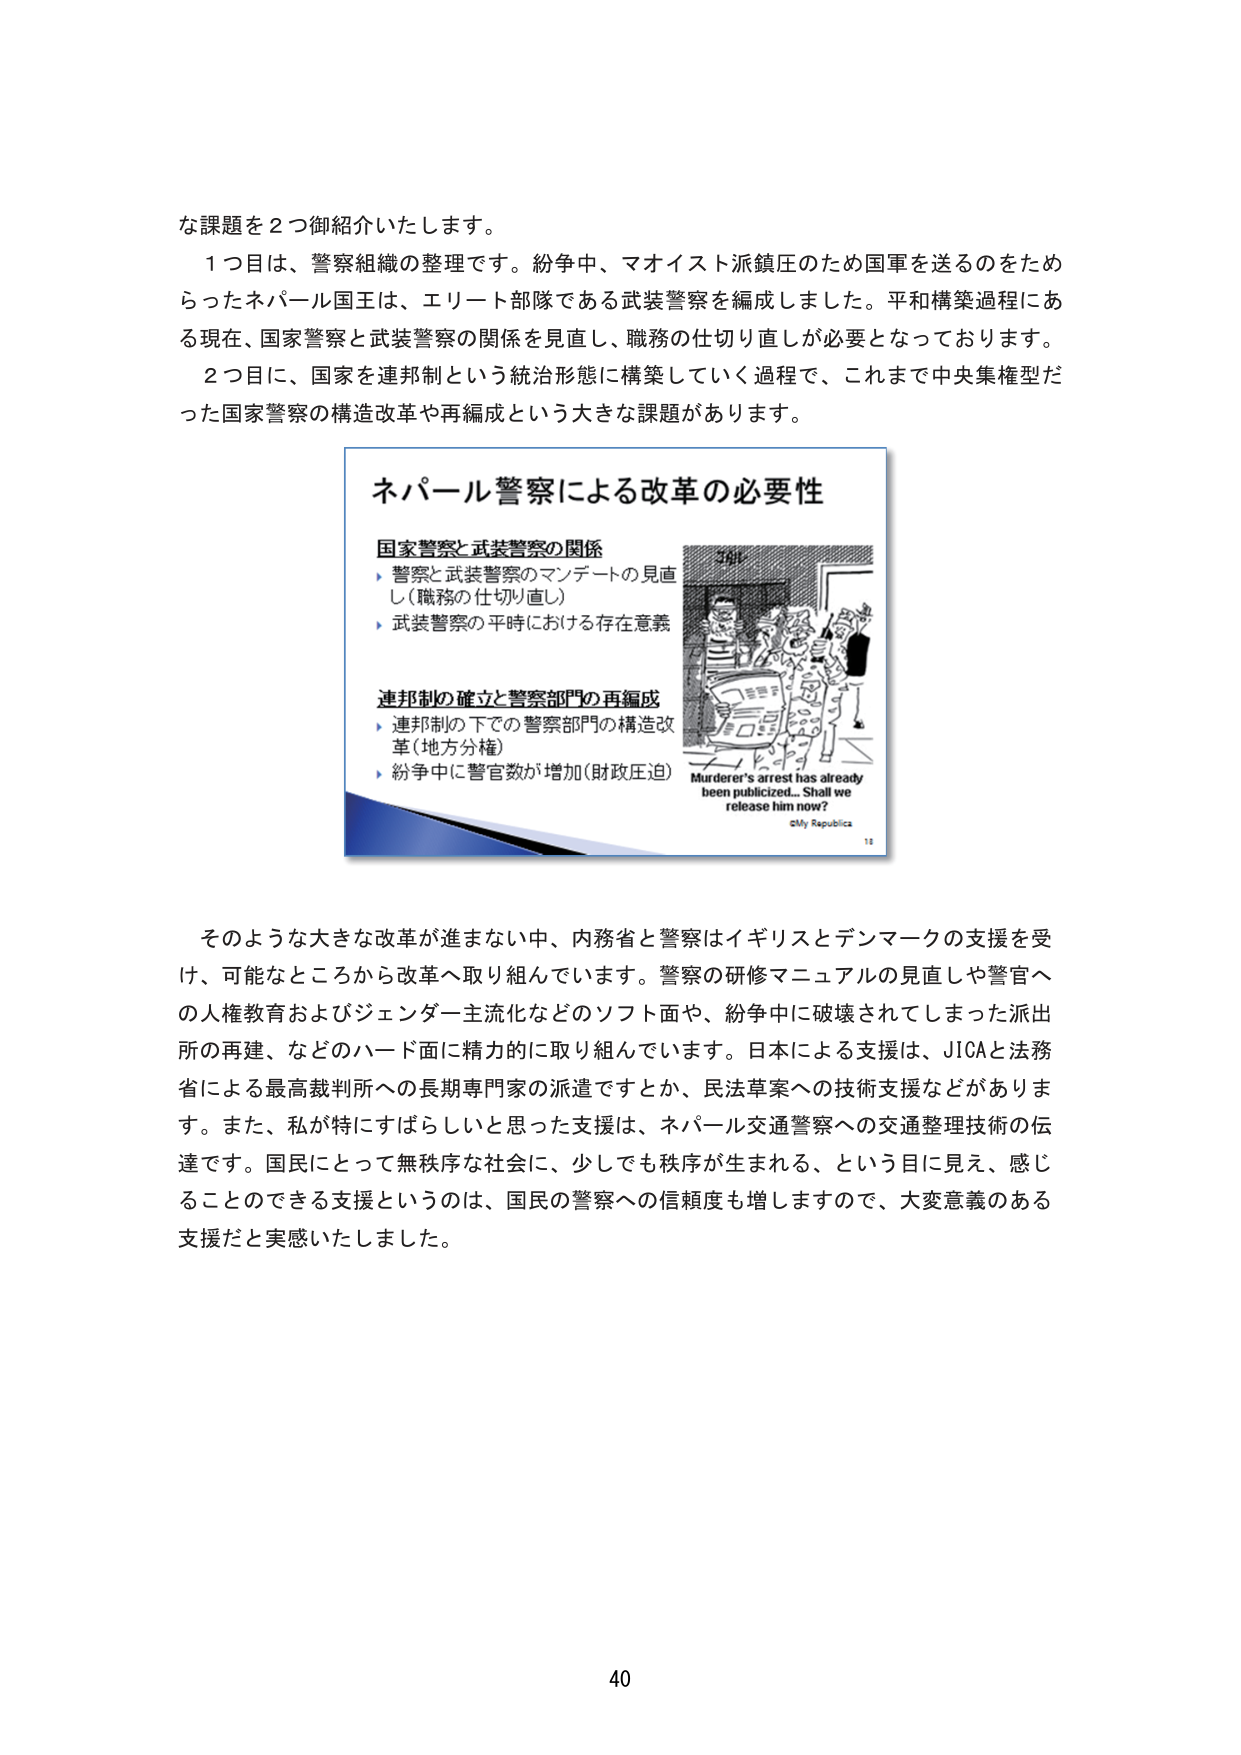
な課題を２つ御紹介いたします。

１つ目は、警察組織の整理です。紛争中、マオイスト派鎮圧のため国軍を送るのをためらったネパール国王は、エリート部隊である武装警察を編成しました。平和構築過程にある現在、国家警察と武装警察の関係を見直し、職務の仕切り直しが必要となっております。

２つ目に、国家を連邦制という統治形態に構築していく過程で、これまで中央集権型だった国家警察の構造改革や再編成という大きな課題があります。

ネパール警察による改革の必要性

国家警察と武装警察の関係
▶ 警察と武装警察のマンデートの見直し（職務の仕切り直し）
▶ 武装警察の平時における存在意義

連邦制の確立と警察部門の再編成
▶ 連邦制の下での警察部門の構造改革（地方分権）
▶ 紛争中に警官数が増加（財政圧迫）

Murderer's arrest has already been publicized... Shall we release him now?
©My Republica
11

そのような大きな改革が進まない中、内務省と警察はイギリスとデンマークの支援を受け、可能なところから改革へ取り組んでいます。警察の研修マニュアルの見直しや警官への人権教育およびジェンダー主流化などのソフト面や、紛争中に破壊されてしまった派出所の再建、などのハード面に精力的に取り組んでいます。日本による支援は、JICAと法務省による最高裁判所への長期専門家の派遣ですとか、民法草案への技術支援などがあります。また、私が特にすばらしいと思った支援は、ネパール交通警察への交通整理技術の伝達です。国民にとって無秩序な社会に、少しでも秩序が生まれる、という目に見え、感じることのできる支援というのは、国民の警察への信頼度も増しますので、大変意義のある支援だと実感いたしました。

40